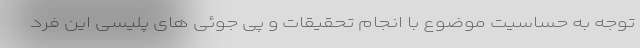
توجه به حساسیت موضوع با انجام تحقیقات و پی جوئی های پلیسی این فرد